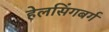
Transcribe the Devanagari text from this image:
हेलसिंगबर्ग